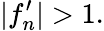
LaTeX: |f_{n}^{\prime}|>1.